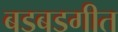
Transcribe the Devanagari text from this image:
बडबडगीत